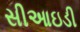
સીઆઇડી